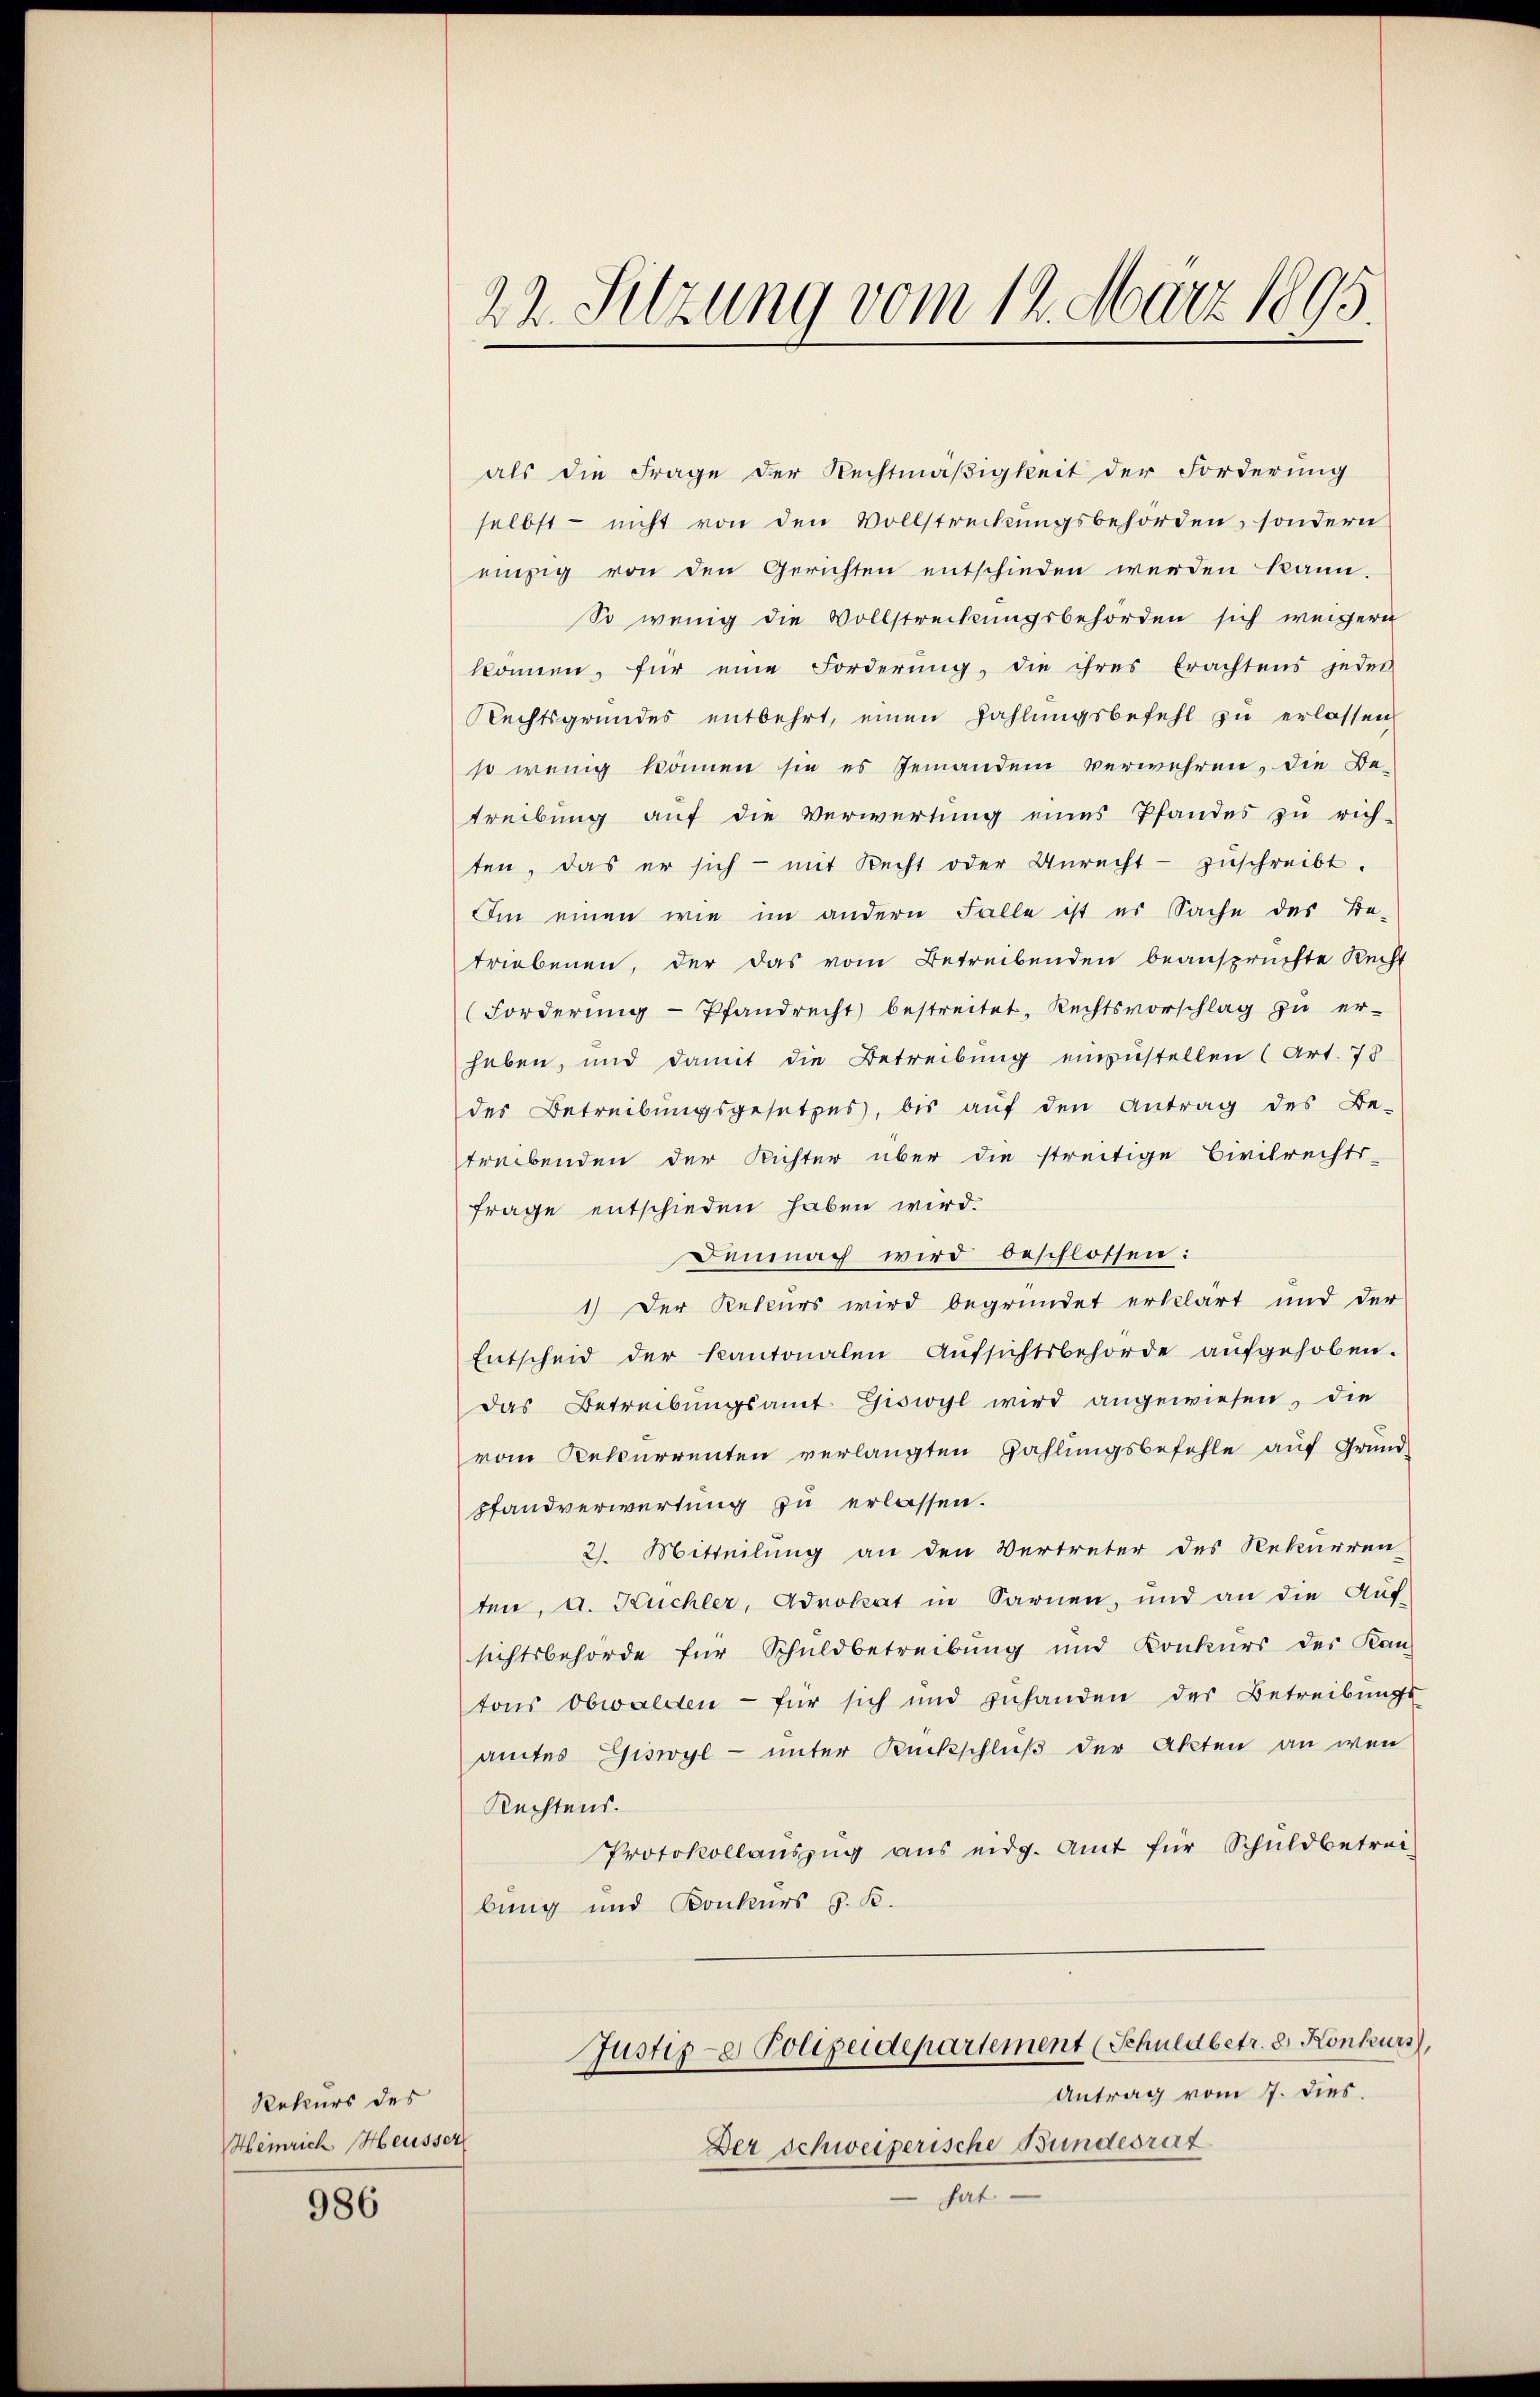
Rekurs des
Heinrich Heusser,

986

22. Sitzung vom 12. März 1895.

als die Frage der Rechtmäßigkeit der Forderung
selbst - nicht von den Vollstreckungsbehörden, sondern
einzig von den Gerichten entschieden werden kann.
So wenig die Vollstreckungsbehörden sich weigern
können, für eine Forderŭng, die ihres Erachtens jedes
Rechtsgrundes entbehrt, einen Zahlungsbefehl zu erlassen
so wenig können sie es jemanden verwehren, die Be-
treibung auf die Verwertung eines Pfandes zu rich-
ten, das er sich - mit Recht oder Unrecht zŭschreibt.
Im einen wie im andern Falle ist es Sache des Be-
triebenen, der das vom Betreibenden beansprüchte Recht
(Forderŭng- Pfandrecht bestreitet, Rechtsvorschlag zu er-
heben, und damit die Betreibung einzustellen (Art. 78
des Betreibungsgesetzes, bis aŭf den Antrag des Be-
treibenden der Richter über die streitige Civilrechts-
frage entschieden haben wird.
Demnach wird beschlossen:
1.) Der Rekurs wird begründet erklärt und der
Entscheid der kantonalen Aŭfsichtsbehörde aŭfgehoben.
das Betreibungsamt Giswyl wird angewiesen, die
vom Rekurrenten verlangten Zahlungsbefehle auf Grund-
pfandverwertung zu erlassen.
2). Mitteilung an den Vertreter des Rekurren-
ten, a. Kuchler, Advokat in Sarnen, und an die Aŭf-
sichtsbehörde für Schuldbetreibung und Konkurs der Kan-
tons obwalden - für sich und zuhanden des Betreibungs-
amtes Giswyl - unter Rückschluß der Akten an wen
Rechtens.
Protokollaŭszŭg aŭs eidg. Amt für Schuldbetrei-
bung und Konkurs z. B.
Justiz-e Polizeidepartement (Schuldbetr. 8. Konkurs
Antrag vom 7. dies.
Der Schweizerische Bundesrat
hart